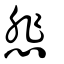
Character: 悲